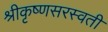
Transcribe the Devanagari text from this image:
श्रीकृष्णसरस्वती